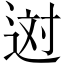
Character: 𨒻